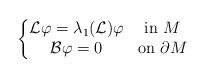
LaTeX: \begin{align*}\left\{\begin{matrix}\mathcal L\varphi=\lambda_1(\mathcal L)\varphi & \textrm{in $M$}\\\mathcal B\varphi=0 & \textrm{on $\partial M$}\end{matrix}\right.\end{align*}